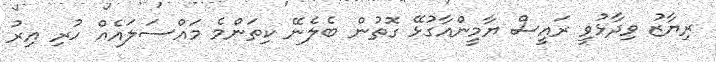
ރިޔާޒު ވިދާޅުވީ ރައީސް ޔާމީންއާގުޅޭ ގޮތުން ބެލެނޭ ކިތަންމެ މައްސަލައެއް ހުރި އިރު